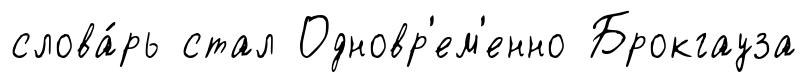
слова́рь стал Одновр'ем'енно Брокгауза